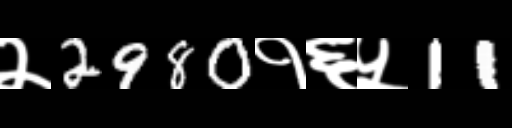
Text: २2980१६५11